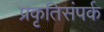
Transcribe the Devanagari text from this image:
प्रकृतिसंपर्क